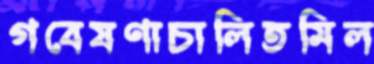
গবেষণাচালিতমিল